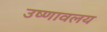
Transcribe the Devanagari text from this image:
उष्णावलय